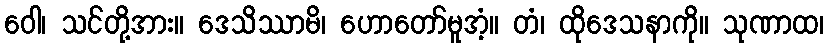
ဝေါ၊ သင်တို့အား။ ဒေသိဿာမိ၊ ဟောတော်မူအံ့။ တံ၊ ထိုဒေသနာကို။ သုဏာထ၊